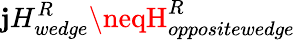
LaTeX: \mathbf{j}H_{wedge}^{R}\neqH_{oppositewedge}^{R}